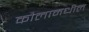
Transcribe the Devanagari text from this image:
कौलामधील